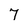
Character: 7